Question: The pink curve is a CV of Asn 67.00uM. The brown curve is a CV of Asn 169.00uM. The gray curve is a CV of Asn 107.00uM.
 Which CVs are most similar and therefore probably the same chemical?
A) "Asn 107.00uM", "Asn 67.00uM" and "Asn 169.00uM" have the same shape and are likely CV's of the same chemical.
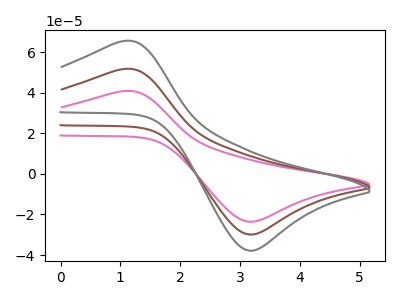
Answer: <think>The pink curve "Asn 67.00uM" has an anodic peak at (1.05V, 103.30uA) and a cathodic peak at (3.20V, -59.75uA). The brown curve "Asn 169.00uM" has an anodic peak at (1.05V, 51.65uA) and a cathodic peak at (3.20V, -29.90uA). The gray curve "Asn 107.00uM" has an anodic peak at (1.05V, 65.45uA) and a cathodic peak at (3.20V, -37.85uA).
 All the peaks in "Asn 67.00uM" have a peak in "Asn 169.00uM" at the same potential. Every peak in "Asn 67.00uM" is higher than every peak in "Asn 169.00uM". All the peaks in "Asn 67.00uM" have a peak in "Asn 107.00uM" at the same potential. Every peak in "Asn 67.00uM" is higher than every peak in "Asn 107.00uM". All the peaks in "Asn 169.00uM" have a peak in "Asn 107.00uM" at the same potential. Every peak in "Asn 169.00uM" is lower than every peak in "Asn 107.00uM".</think>
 <answer>A) "Asn 107.00uM", "Asn 67.00uM" and "Asn 169.00uM" have the same shape and are likely CV's of the same chemical.</answer>
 <eval>A</eval>